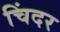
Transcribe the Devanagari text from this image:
चिंदर